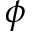
\phi